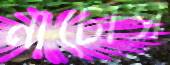
নাচোস